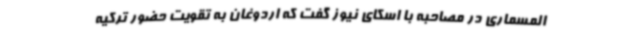
المسماری در مصاحبه با اسکای نیوز گفت که اردوغان به تقویت حضور ترکیه